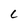
Character: C